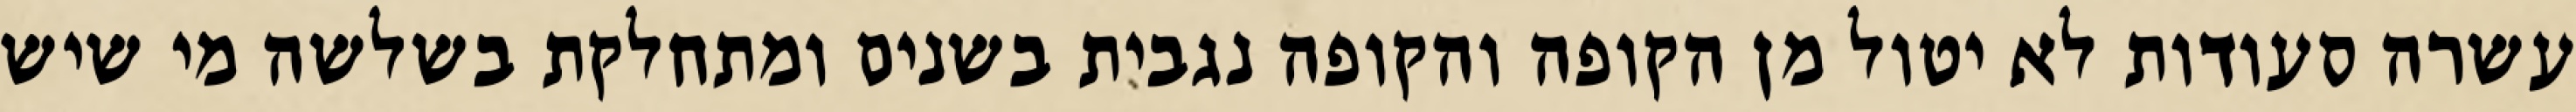
עשרה סעודות לא יטול מן הקופה והקופה נגבית בשנים ומתחלקת בשלשה מי שיש